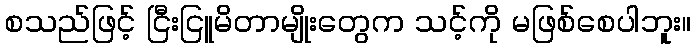
စသည်ဖြင့် ငြီးငြူမိတာမျိုးတွေက သင့်ကို မဖြစ်စေပါဘူး။